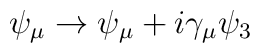
\psi_{\mu} \rightarrow \psi_{\mu} + i\gamma_{\mu}\psi_3